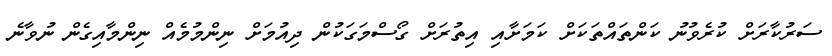
ސަރުކާރަށް ކުރެވުނު ކަންތައްތަކަށް ކަމަށާއި އިތުރަށް ގޯސްމަގަކުން ދިއުމަށް ނިންމުމެއް ނިންމާއިގެން ނުވާނެ